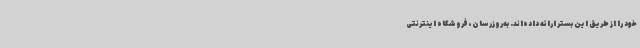
خود را از طریق این بستر ارائه داده‌اند. به‌روزرسان، فروشگاه اینترنتی